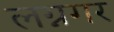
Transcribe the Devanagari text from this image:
लग्नगर